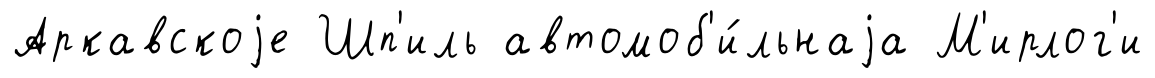
Аркавскоjе Шп'иль автомоб'и́льнаjа М'ирлог'и